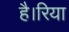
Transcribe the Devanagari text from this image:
है।रिया